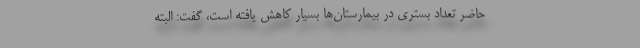
حاضر تعداد بستری در بیمارستان‌ها بسیار کاهش یافته است، گفت: البته